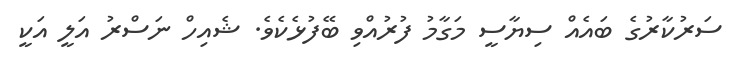
ސަރުކާރުގެ ބައެއް ސިޔާސީ މަގާމު ފުރުއްވި ބޭފުޅެކެވެ. ޝެއިހް ނަސްރު އަލީ އަކީ